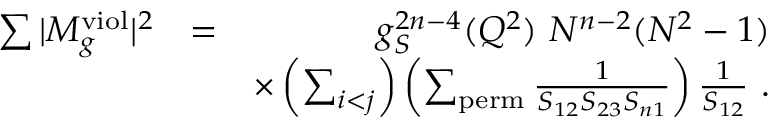
\begin{array} { r l r } { \sum \vert M _ { g } ^ { \mathrm { v i o l } } \vert ^ { 2 } } & { = } & { g _ { S } ^ { 2 n - 4 } ( Q ^ { 2 } ) ~ N ^ { n - 2 } ( N ^ { 2 } - 1 ) } \\ & { } & { \times \left( \sum _ { i < j } \right) \left( \sum _ { \mathrm { p e r m } } \frac { 1 } { S _ { 1 2 } S _ { 2 3 } S _ { n 1 } } \right) \frac { 1 } { S _ { 1 2 } } ~ . } \end{array}